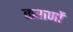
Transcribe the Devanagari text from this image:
कराणों